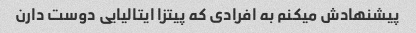
پیشنهادش میکنم به افرادی که پیتزا ایتالیایی دوست دارن